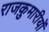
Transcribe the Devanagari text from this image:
राजकुमारीयों